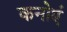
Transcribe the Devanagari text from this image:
कनोएं